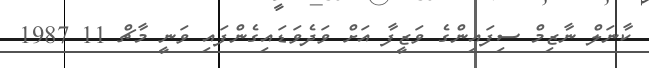
ކާނަލް ނާޒިމް ސިފައިންގެ ވަޒީފާ އަށް ވަދެވަޑައިގެންފައި ވަނީ މާޗް 11 1987